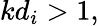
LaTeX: kd_{i}>1,